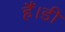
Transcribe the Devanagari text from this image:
हैं।डी